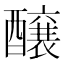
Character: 醸